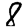
Digit: 8